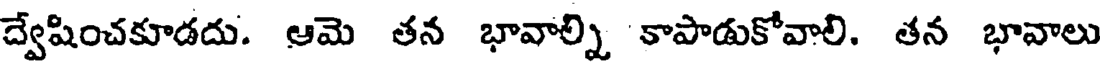
ద్వేషించకూడదు. ఆమె తన భావాల్ని కాపాడుకోవాలి. తన భావాలు